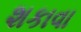
શકાવા